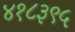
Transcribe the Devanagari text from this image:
४१८३९५